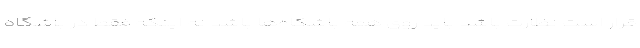
قرار است نظارت باشد باید روی همه باشگاه‌ها باشد نه اینکه فقط در باشگاه